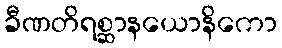
ခီဏတိရစ္ဆာနယောနိကော